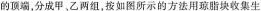
的顶端，分成甲、乙两组，按如图所示的方法用琼脂块收集生